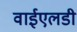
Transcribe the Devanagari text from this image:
वाईएलडी